Tartu_linnavalitsus, lk 50
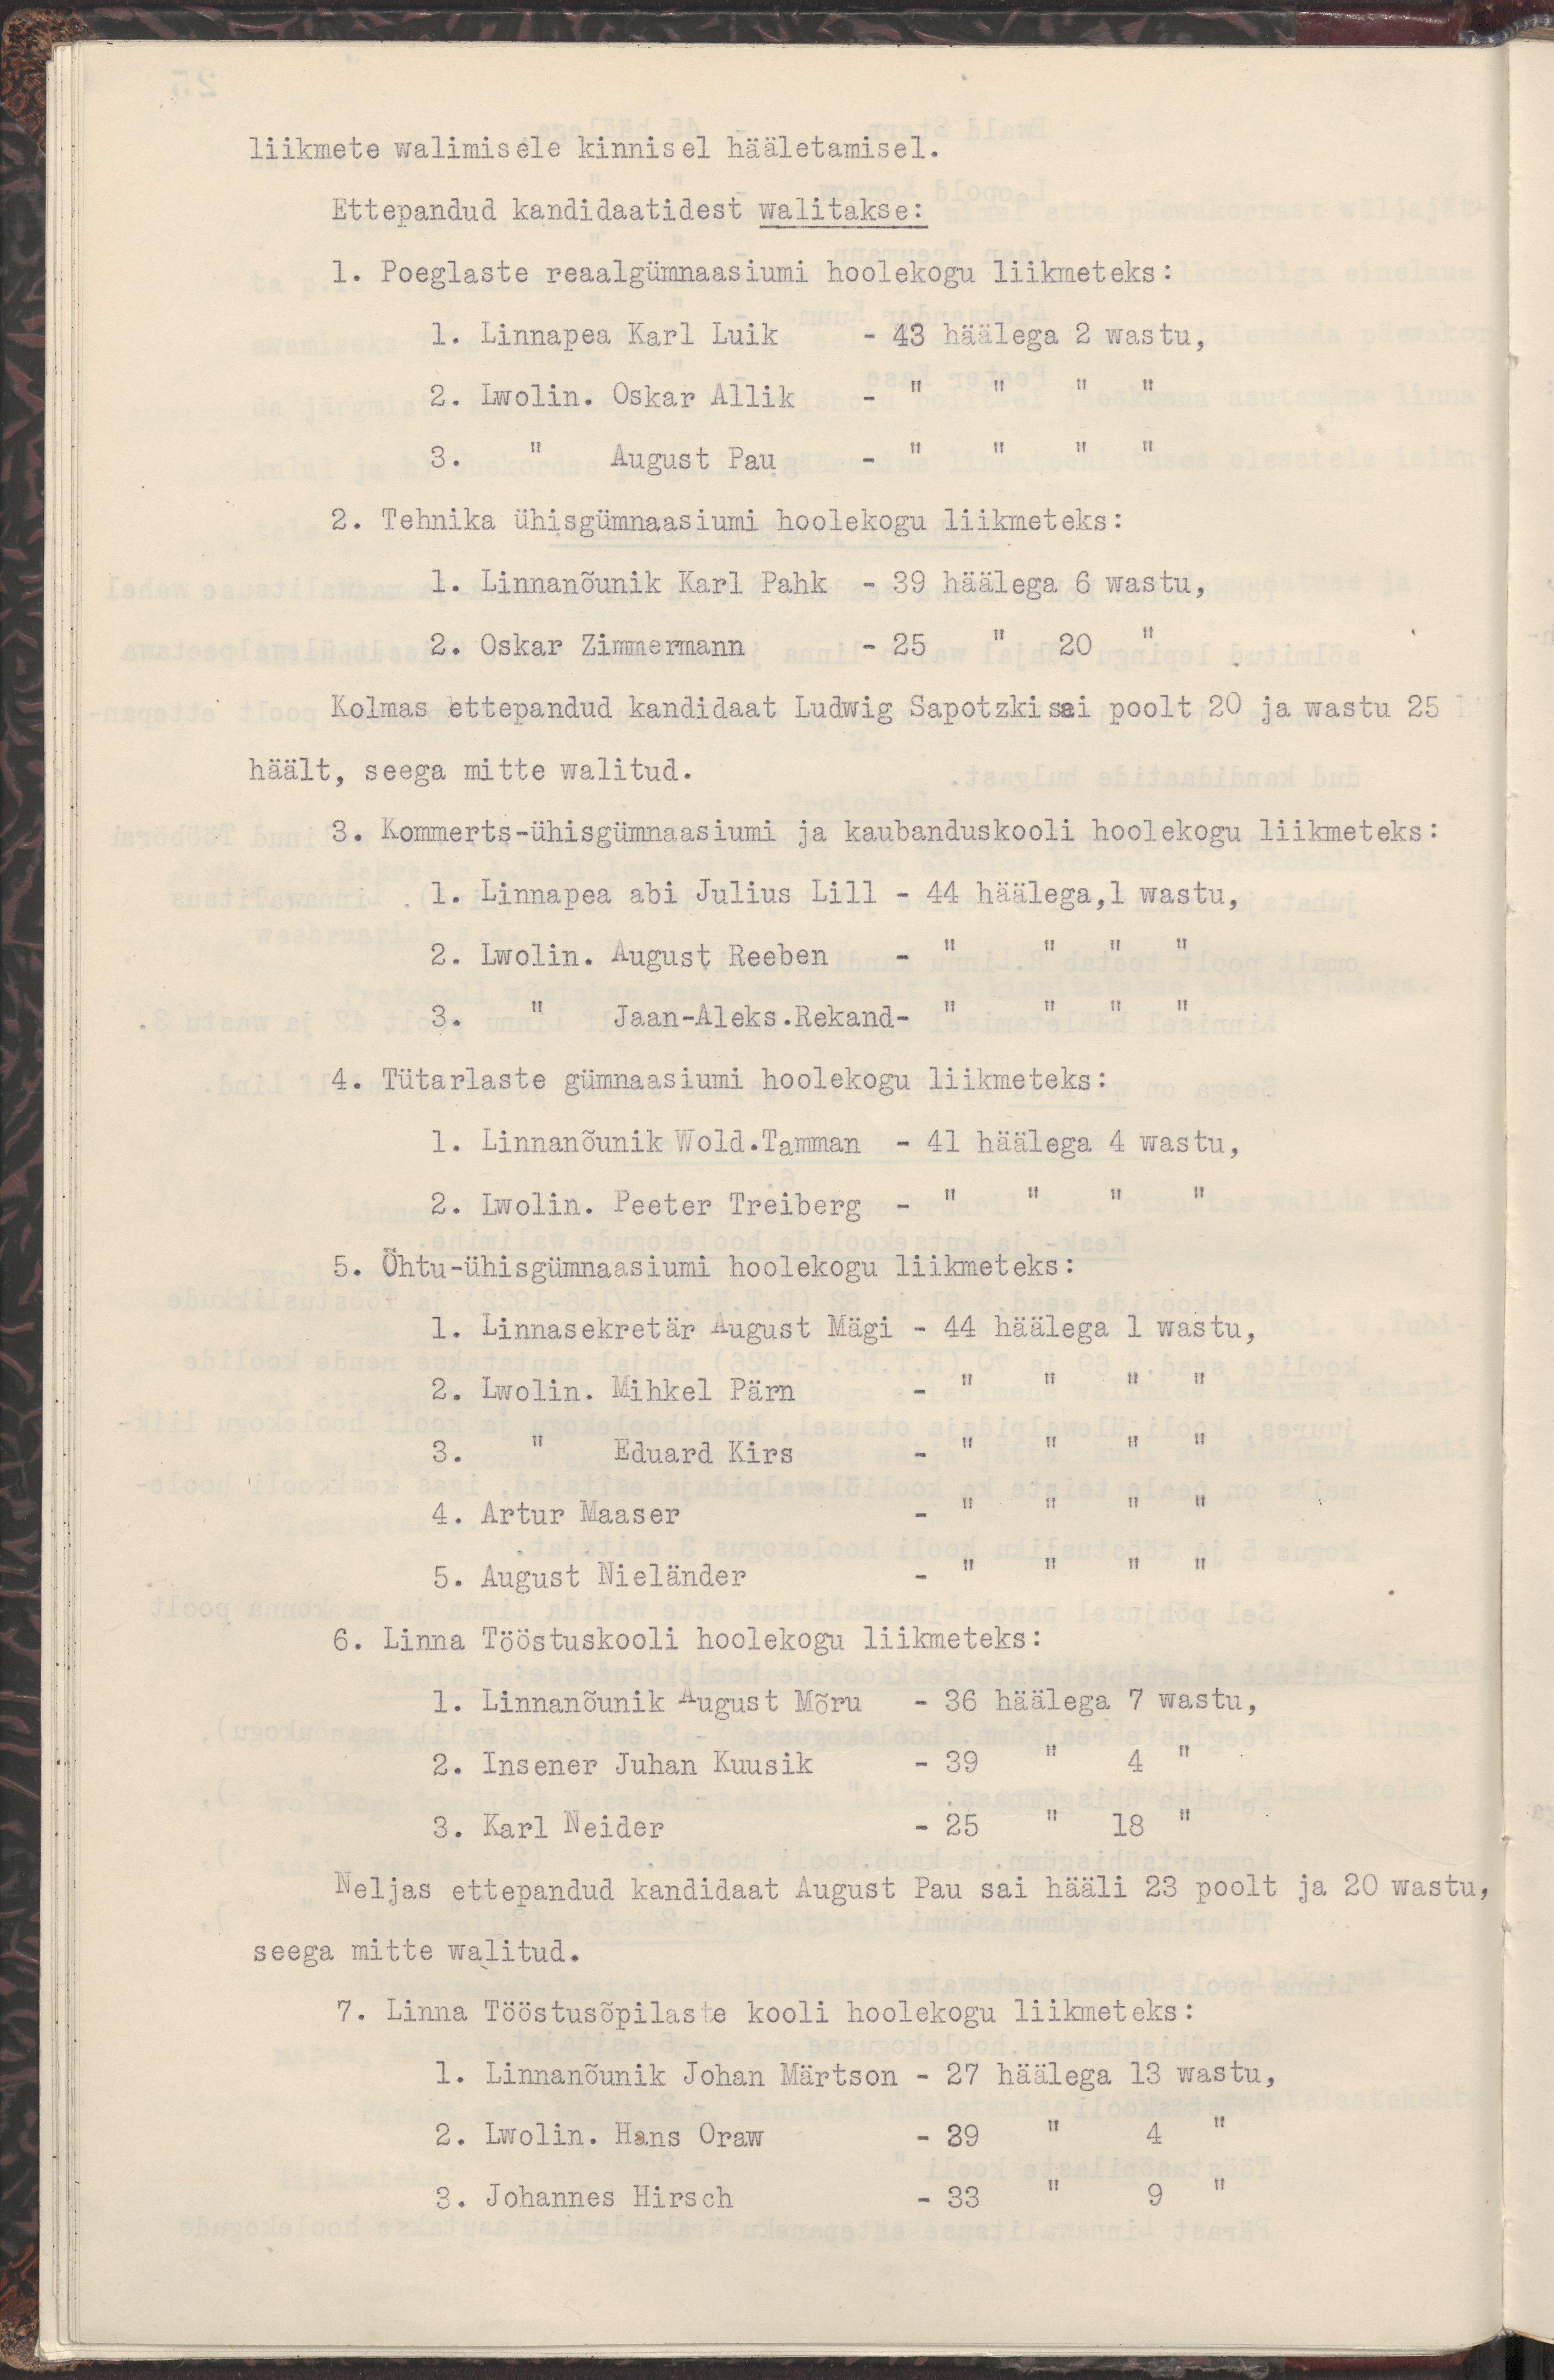
liikmete walimisele kinnisel hääletamisel.
Ettepandud kandidaatidest walitakse:
1. Poeglaste reaalgümnaasiumi hoolekogu liikmeteks:
1. Linnapea Karl Luik - 48 häälega 2 wastu,
2. Lwolin. Oskar Allik - " " " "
3. " August Pau - " " " "
2. Tehnika ühisgümnaasiumi hoolekogu liikmeteks:
1. Linnanõunik Karl Pahk - 39 häälega 6 wastu,
2. Oskar Zimmermann - 25 " 20 "
Kolmas ettepandud kandidaat Ludwig Sapotzki sai poolt 20 ja wastu 25
häält, seega mitte walitud.
3. Kommerts-ühisgümnaasiumi ja kaubanduskooli hoolekoge liikmeteks:
1. Linnapea abi Julius Lill - 44 häälega, 1 wastu,
2. Lwolin. August Reeben - " " " "
3. " Jaan-Aleks.Rekand- " " " "
4. Tütarlaste gümnaasiumi hoolekogu liikmeteks:
1. Linnanõunik Wold.Tamman - 41 häälega 4 wastu,
2. Lwolin. Peeter Treiberg - " " " "
5. Õhtu-ühisgümnaasiumi hoolekogu liikmeteks:
1. Linnasekretär August Mägi - 44 häälega 1 wastu,
2. Lwolin. Mihkel Pärn - " " " "
3. " Eduard Kirs - " " " "
4. Artur Maaser - " " " "
5. August Nieländer - " " " "
6. Linna Tööstuskooli hoolekogu liikmeteks:
1. Linnanõunik August Mõru - 36 häälega 7 wastu, 
2. Insener Juhan Kuusik - 39 " 4 "
3. Karl Neider - 25 " 18 "
Neljas ettepandud kandidaat August Pau sai hääli 23 poolt ja 20 wastu,
seega mitte walitud.
7. Linna tööstusõpilaste kooli hoolekogu liikmeteks:
1. Linnanõunik Johan Märtson - 27 häälega 13 wastu,
2. Lwolin. Hans Oraw - 39 " 4 "
3. Johannes Hirsch - 33 " 9 "